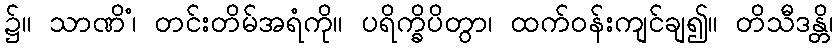
၌။ သာဏိံ၊ တင်းတိမ်အရံကို။ ပရိက္ခိပိတွာ၊ ထက်ဝန်းကျင်ချ၍။ တိသီဒန္တိ၊